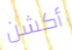
أكشن